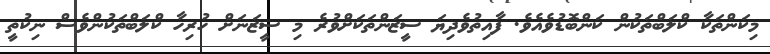
މިކަންތަކާ ކްލަބްތަކުން ކަންބޮޑުވެއެވެ. ފާއިތުވެދިޔަ ސީޒަންތަކަށްވުރެ މި ސީޒަނަށް ހުރިހާ ކްލަބްތަކުންވެސް ނިކުތީ